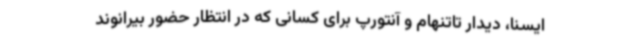
ایسنا، دیدار تاتنهام و آنتورپ برای کسانی که در انتظار حضور بیرانوند